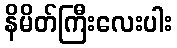
နိမိတ်ကြီးလေးပါး